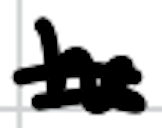
Text: he
Cross-out: double-line
Writing tool: digital_black